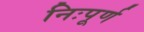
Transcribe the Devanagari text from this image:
निःपूर्ण